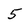
Character: 5